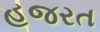
હજરત